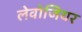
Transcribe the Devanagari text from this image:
लेवोजियर